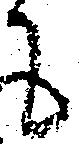
て